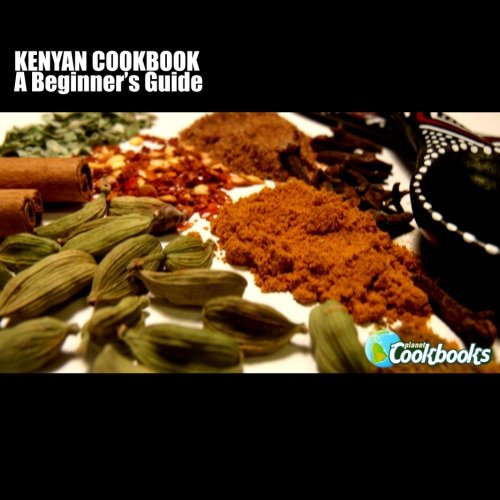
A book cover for Kenyan Cookbook: A Beginner's Guide; Rachel Pambrun; Cookbooks, Food & Wine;